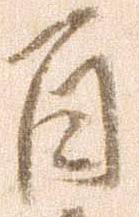
百